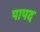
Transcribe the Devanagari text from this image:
पापद